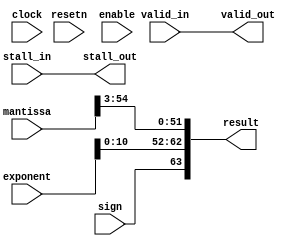
module acl_fp_convert_to_ieee_double(clock, resetn, mantissa, exponent, sign, result, valid_in, valid_out, stall_in, stall_out, enable);
  input clock, resetn;
  input [55:0] mantissa;
  input [11:0] exponent;
  input sign;
  output [63:0] result;
  input valid_in, stall_in, enable;
  output valid_out, stall_out;
  parameter FINITE_MATH_ONLY = 1;  
  
  assign valid_out = valid_in;
  assign stall_out = stall_in;
  generate
    if (FINITE_MATH_ONLY == 0)  
      assign result = {sign, {11{exponent[11]}} | exponent[10:0], mantissa[54:3]};
    else
      assign result = {sign, exponent[10:0], mantissa[54:3]};
  endgenerate      
endmodule